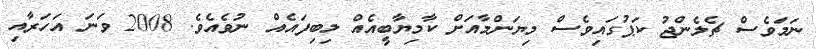
ނަމަވެސް ޗެލެންޖު ކަޕުގައިވެސް މިޔަންމާއަށް ކާމިޔާބީއެއް ލިބިފައެއް ނުވެއެވެ. 2008 ވަނަ އަހަރާއި